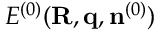
{ \cal E } ^ { ( 0 ) } ( { \bf R , q } , { \bf n } ^ { ( 0 ) } )